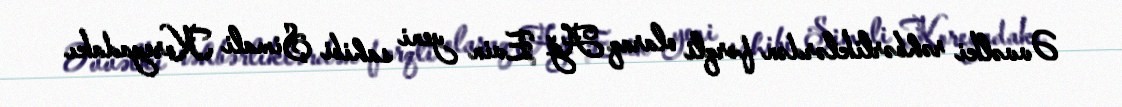
Əvvəlki rəhbərliklərdən fərqli olaraq Ağ Evin yeni sahibi Şimali Koreyadakı